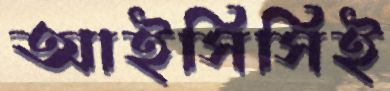
আইসিসিই